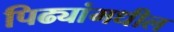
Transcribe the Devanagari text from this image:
पिढ्यांमधील